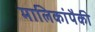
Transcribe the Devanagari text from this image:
मालिकांपैकी